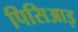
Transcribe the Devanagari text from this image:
पिसिआइ